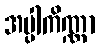
အပ္ပါကိဏ္ဏာ